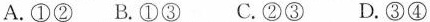
A.①② B.①③ C.②③ D.③④